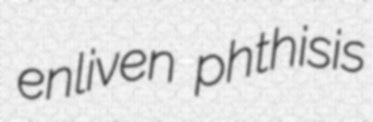
enliven phthisis